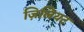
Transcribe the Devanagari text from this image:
ज़िलियट